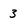
Character: 3